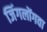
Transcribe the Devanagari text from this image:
जिंगलोंगवा